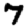
Digit: 7